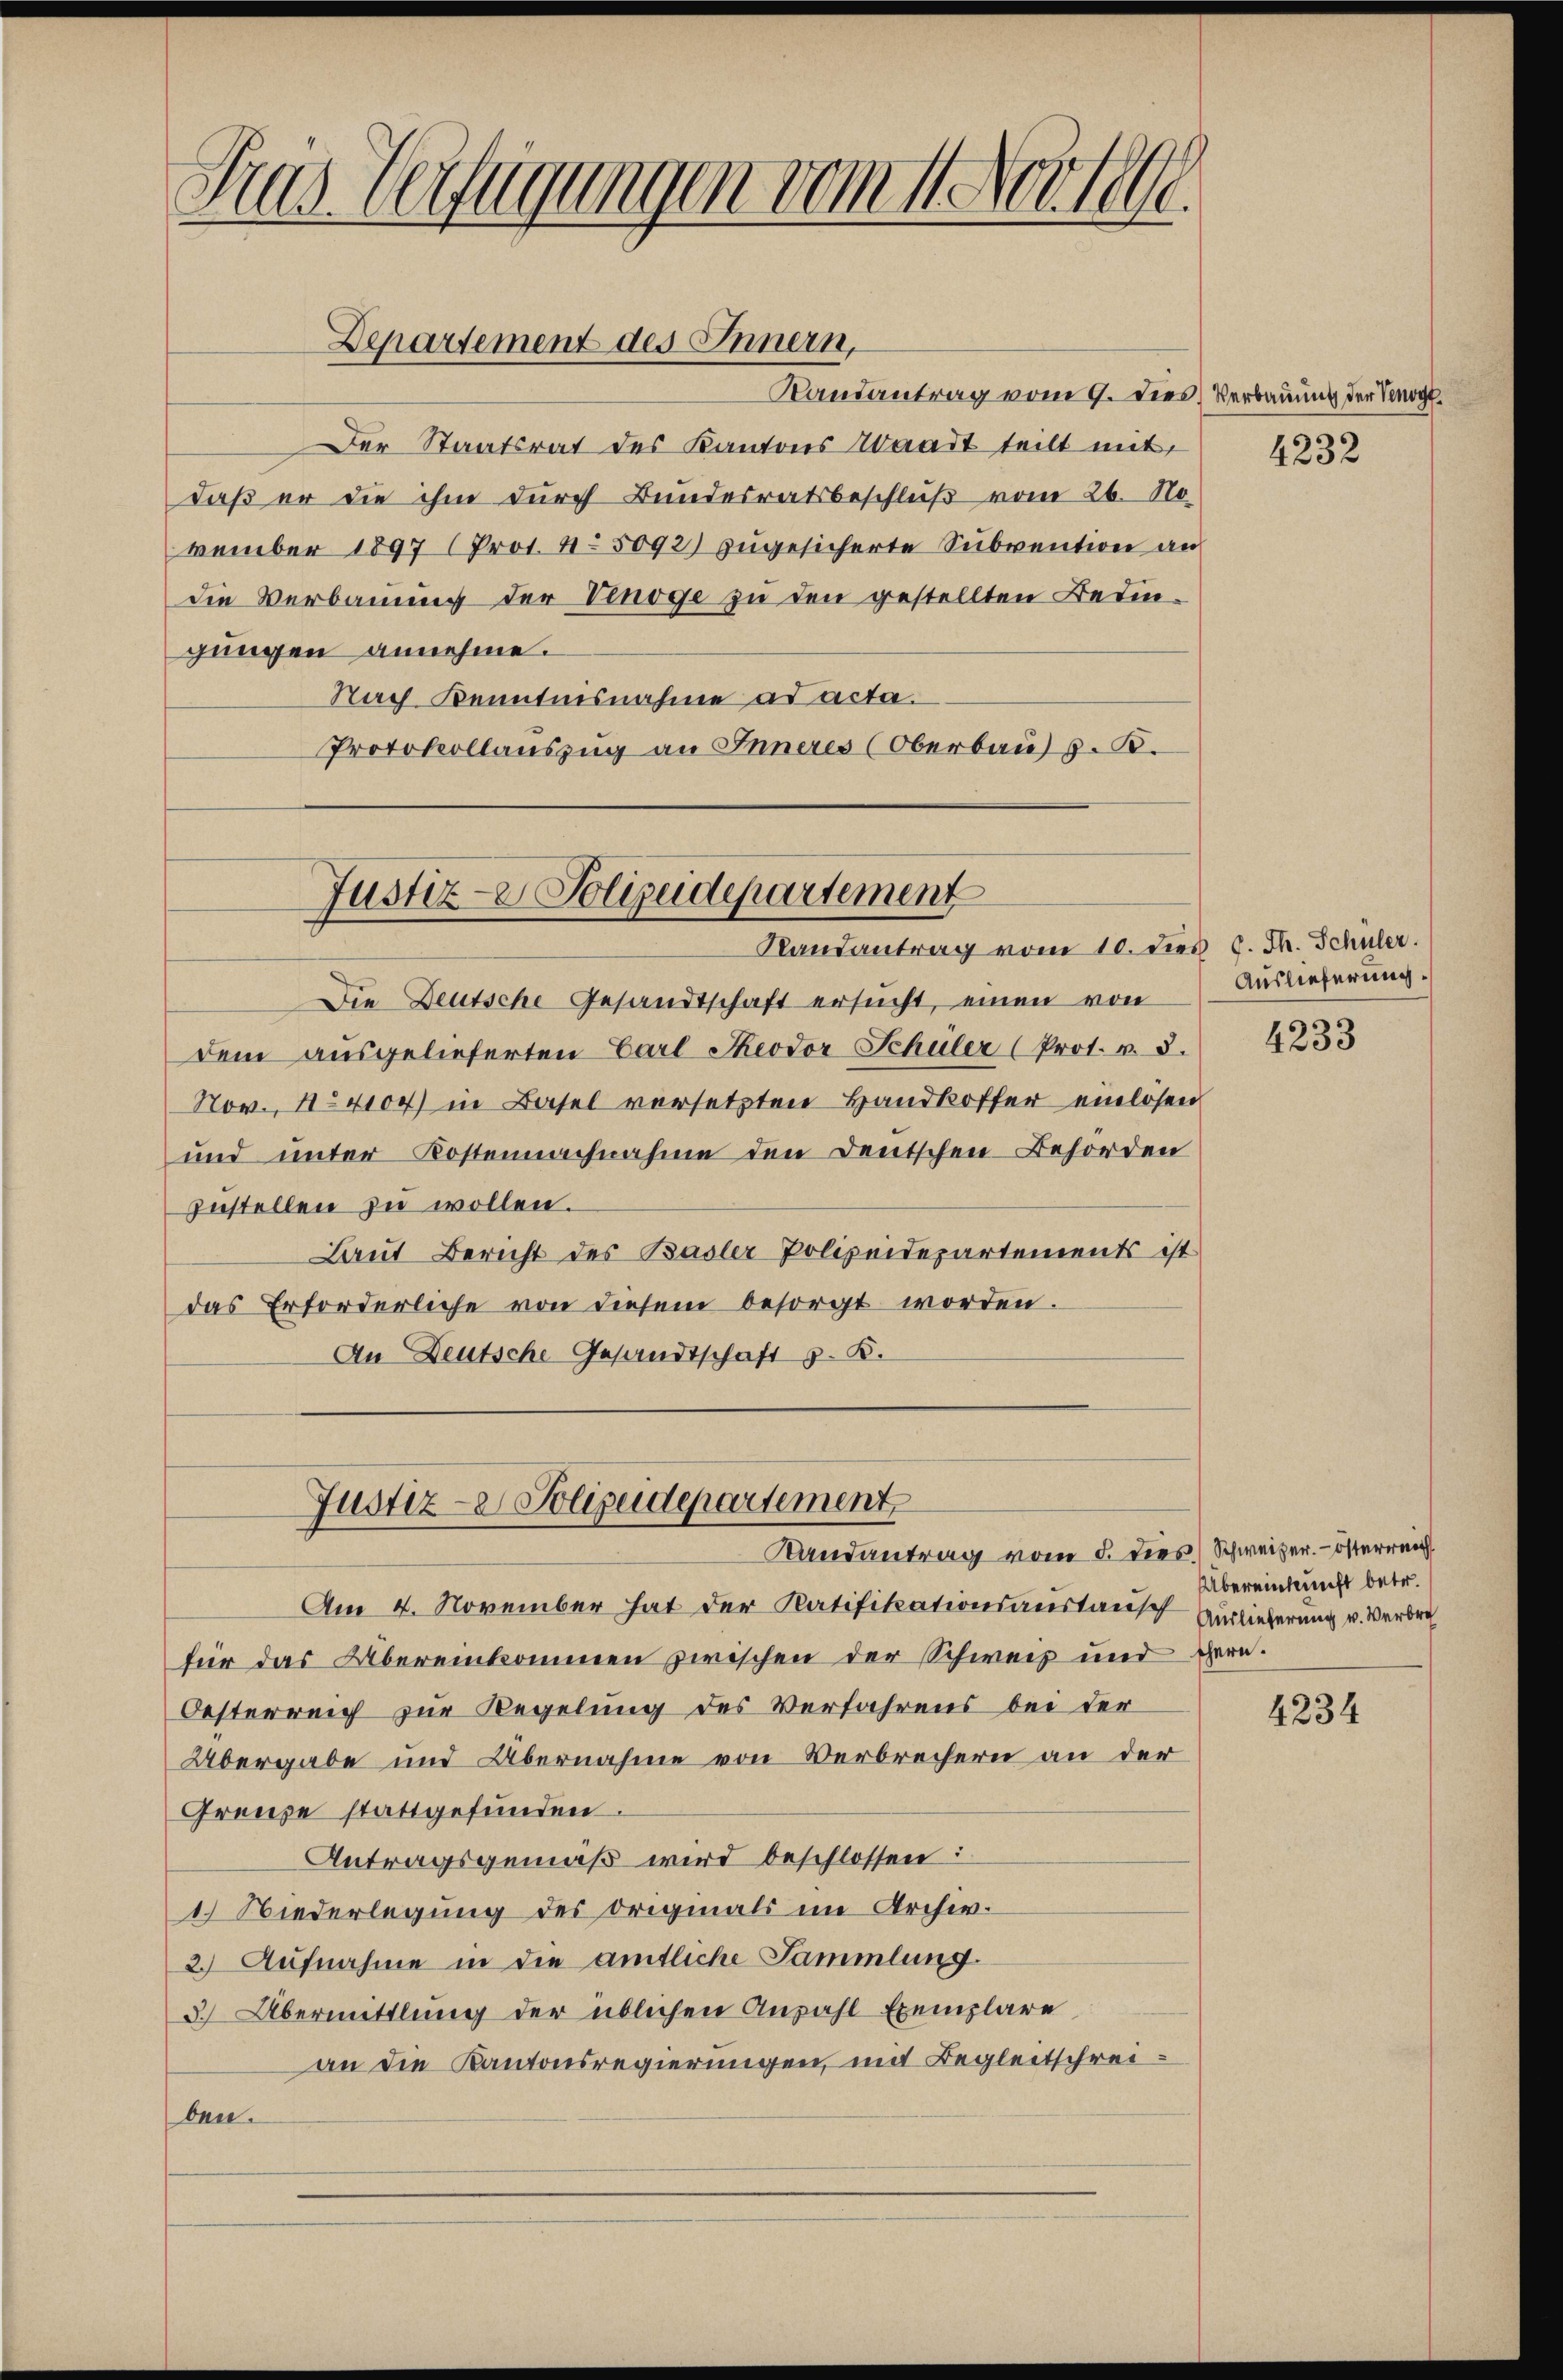
Gras Verfügungen vom 11. Novell

Randantrag vom 9. dies
Der Staatsrat des Kantons Waadt teilt mit
daß er die ihm durch Bundesratsbeschluß vom 26. No
vember 1897 (Prot. 45092) zugesicherte Subvention an
die Verbauung der Vinoge zu den gestellten Bedingungen annehme.
Nach Kenntnisnahme ad acta.
Protokollauszug an Inneres (Oberbau) z. B.
Justiz-Polizeidepartement
Randantrag vom 10. dies 8. Th. Schuler.
Die Deutsche Gesandtschaft ersucht, einen von
dem ausgelieferten Carl Theodor Schüler (Prot. v. 8.
Nov. 14104) in Basel versetzten Handkoffer einlösen
und unter Kostennachnahme den Deutschen Behörden
zustellen zu wollen.
Laut Bericht des Basler Polizeidepartements ist
das Erforderliche von diesem besorgt worden.
An Deutsche Gesandtschaft z. B.

Departement des Innern,

Randantrag vom 5. dies) Schweizer. – österreich
Am 4. November hat der Ratifikationsanstausch Auslieferung u. Verbrech
für das Übereinkommen zwischen der Schweiz und gern.
Oesterreich zur Regelung des Verfahrens bei der
Übergabe und Übernahme von Verbrechern an der
Grenze stattgefunden.
Antragsgemäß wird beschlossen:
1.) Niederlegung des Originals im Archiv.
2.) Aufnahme in die amtliche Sammlung.
3.) Übermittlung der üblichen Anzahl Exemplare
an die Kantonsregierungen, mit Begleitschrei
ben.

Justiz- Polizeidepartement

Verbauung der Venoyf
4232

Auslieferung.

4233

Übereinkunft betr.

4234